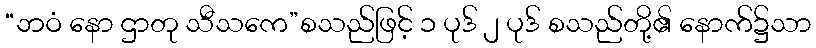
“ဘဝံ နော ဌာတု သီသကေ”စသည်ဖြင့် ၁ ပုဒ် ၂ ပုဒ် စသည်တို့၏ နောက်၌သာ